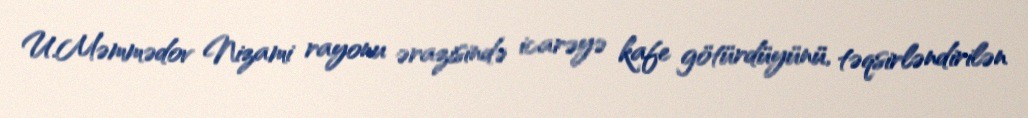
U.Məmmədov Nizami rayonu ərazisində icarəyə kafe götürdüyünü, təqsirləndirilən